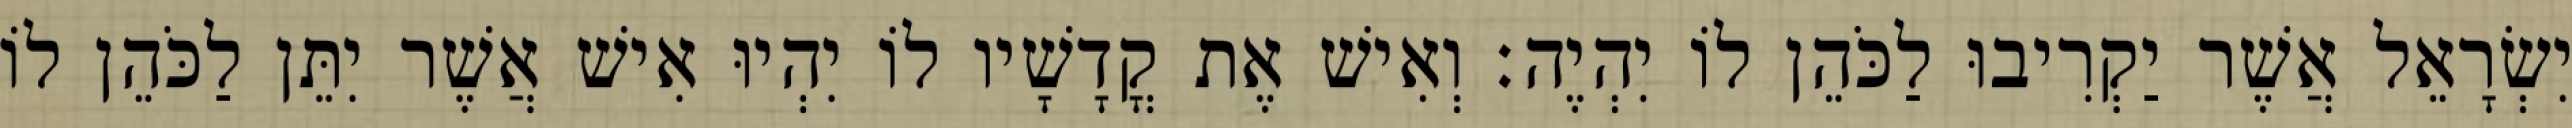
יִשְׂרָאֵל אֲשֶׁר יַקְרִיבוּ לַכֹּהֵן לוֹ יִהְיֶה׃ וְאִישׁ אֶת קֳדָשָׁיו לוֹ יִהְיוּ אִישׁ אֲשֶׁר יִתֵּן לַכֹּהֵן לוֹ